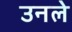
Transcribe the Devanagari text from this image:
उनले